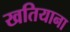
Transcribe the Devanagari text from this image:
खतियाना